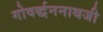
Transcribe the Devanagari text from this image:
गोवर्द्धननाथजी